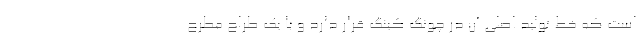
است که خط تولید اصلی آن در چونگ کینگ قرار دارد و با یک طراح مطرح